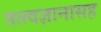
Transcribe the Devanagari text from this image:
तत्त्वज्ञानासह